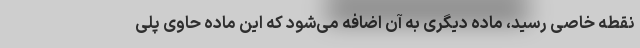
نقطه خاصی رسید، ماده دیگری به آن اضافه می‌شود که این ماده حاوی پلی